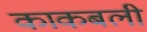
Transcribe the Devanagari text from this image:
काकबली